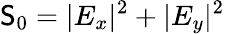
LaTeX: \mathsf{S}_{0}=|E_{x}|^{2}+|E_{y}|^{2}